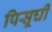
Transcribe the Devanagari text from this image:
पिसूची